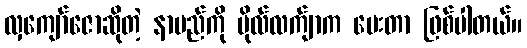
လှကျော်ဇောဆိုတဲ့ နာမည်ကို ဗိုလ်လက်ျာက ပေးတာ ဖြစ်ပါတယ်။